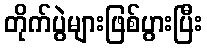
တိုက်ပွဲများဖြစ်ပွားပြီး